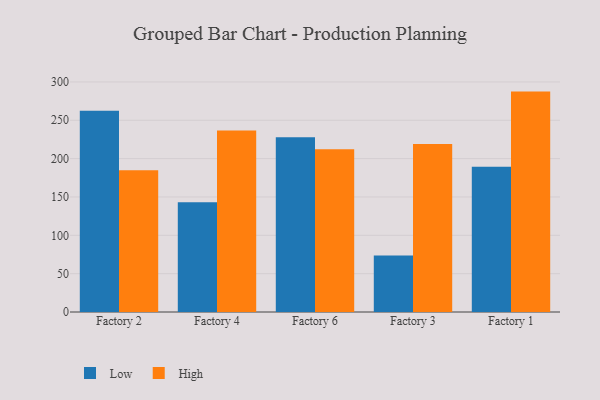
{"axis": {"x": "Factory", "y": "Page Views"}, "legend": ["High", "Low"], "data": [{"x": "Factory 2", "y": 262.3, "type": "Low"}, {"x": "Factory 2", "y": 184.7, "type": "High"}, {"x": "Factory 4", "y": 143.1, "type": "Low"}, {"x": "Factory 4", "y": 236.8, "type": "High"}, {"x": "Factory 6", "y": 227.9, "type": "Low"}, {"x": "Factory 6", "y": 212.1, "type": "High"}, {"x": "Factory 3", "y": 73.6, "type": "Low"}, {"x": "Factory 3", "y": 219.1, "type": "High"}, {"x": "Factory 1", "y": 189.5, "type": "Low"}, {"x": "Factory 1", "y": 287.4, "type": "High"}]}